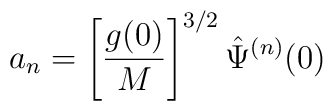
a_{n}=\left[ \frac{g(0)}{M}\right] ^{3/2}\hat{\Psi}^{(n)}(0)